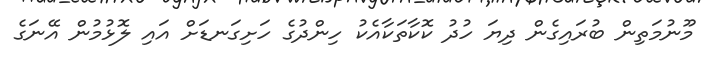
މޫނުމަތިން ބުރައިގެން ދިޔަ ހުދު ކޮކާތަކާއެކު ހިންދުގެ ހަށިގަނޑަށް އައި ލޮޅުމުން އޭނަގެ